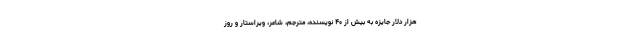
هزار دلار جایزه به بیش از ۴۰ نویسنده، مترجم، شاعر، ویراستار و روز